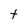
Character: t